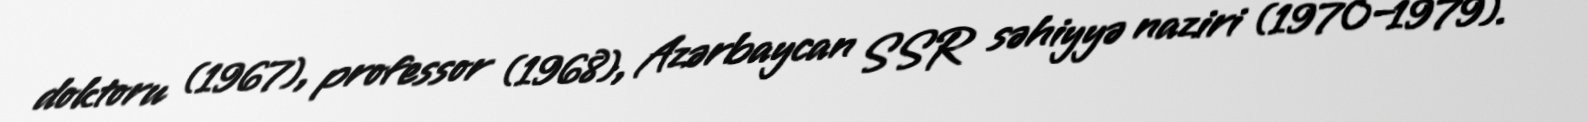
doktoru (1967), professor (1968), Azərbaycan SSR səhiyyə naziri (1970–1979).